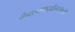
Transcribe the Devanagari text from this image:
कैवल्यपदवीम्॥७॥